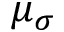
\mu _ { \sigma }